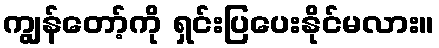
ကျွန်တော့်ကို ရှင်းပြပေးနိုင်မလား။